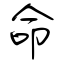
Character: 命